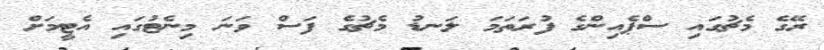
ރޭގެ މެޗުގައި ސްޕެއިންގެ ފުރަތަމަ ލަނޑު މެޗުގެ ފަސް ވަނަ މިނެޓުގައި އެޓީމަށް